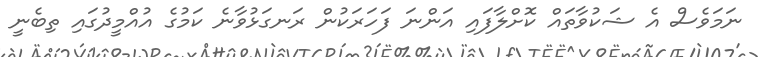
ނަމަވެސް އެ ޝަކުވާތައް ކޮށްލާފައި އަންނަ ފަހަރަކުން ރަނގަޅުވާނެ ކަމުގެ އުއްމީދުގައި ތިބެނީ